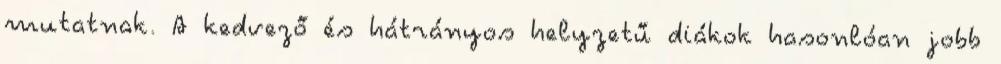
mutatnak. A kedvező és hátrányos helyzetű diákok hasonlóan jobb